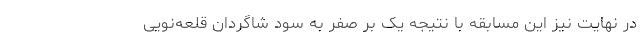
در نهایت نیز این مسابقه با نتیجه یک بر صفر به سود شاگردان قلعه‌نویی